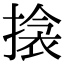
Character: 搇